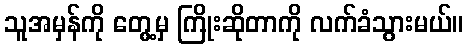
သူအမှန်ကို တွေ့မှ ကြိုးဆိုတာကို လက်ခံသွားမယ်။